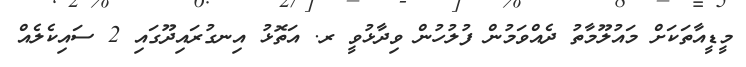
މީޑީއާތަކަށް މައުލޫމާތު ދެއްވަމުން ފުލުހުން ވިދާޅުވީ ރ. އަތޮޅު އިނގުރައިދޫގައި 2 ސައިކެލެއް